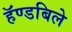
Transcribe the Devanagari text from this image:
हॅण्डबिले